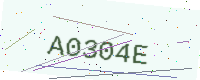
Text: A0304E